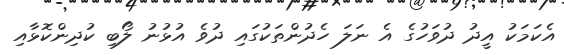
އެކަމަކު އީދު ދުވަހުގެ އެ ނަލަ ހެދުންތަކުގައި ދުވެ އުޅުނު ލޯބި ކުދިންކޮޅާއި